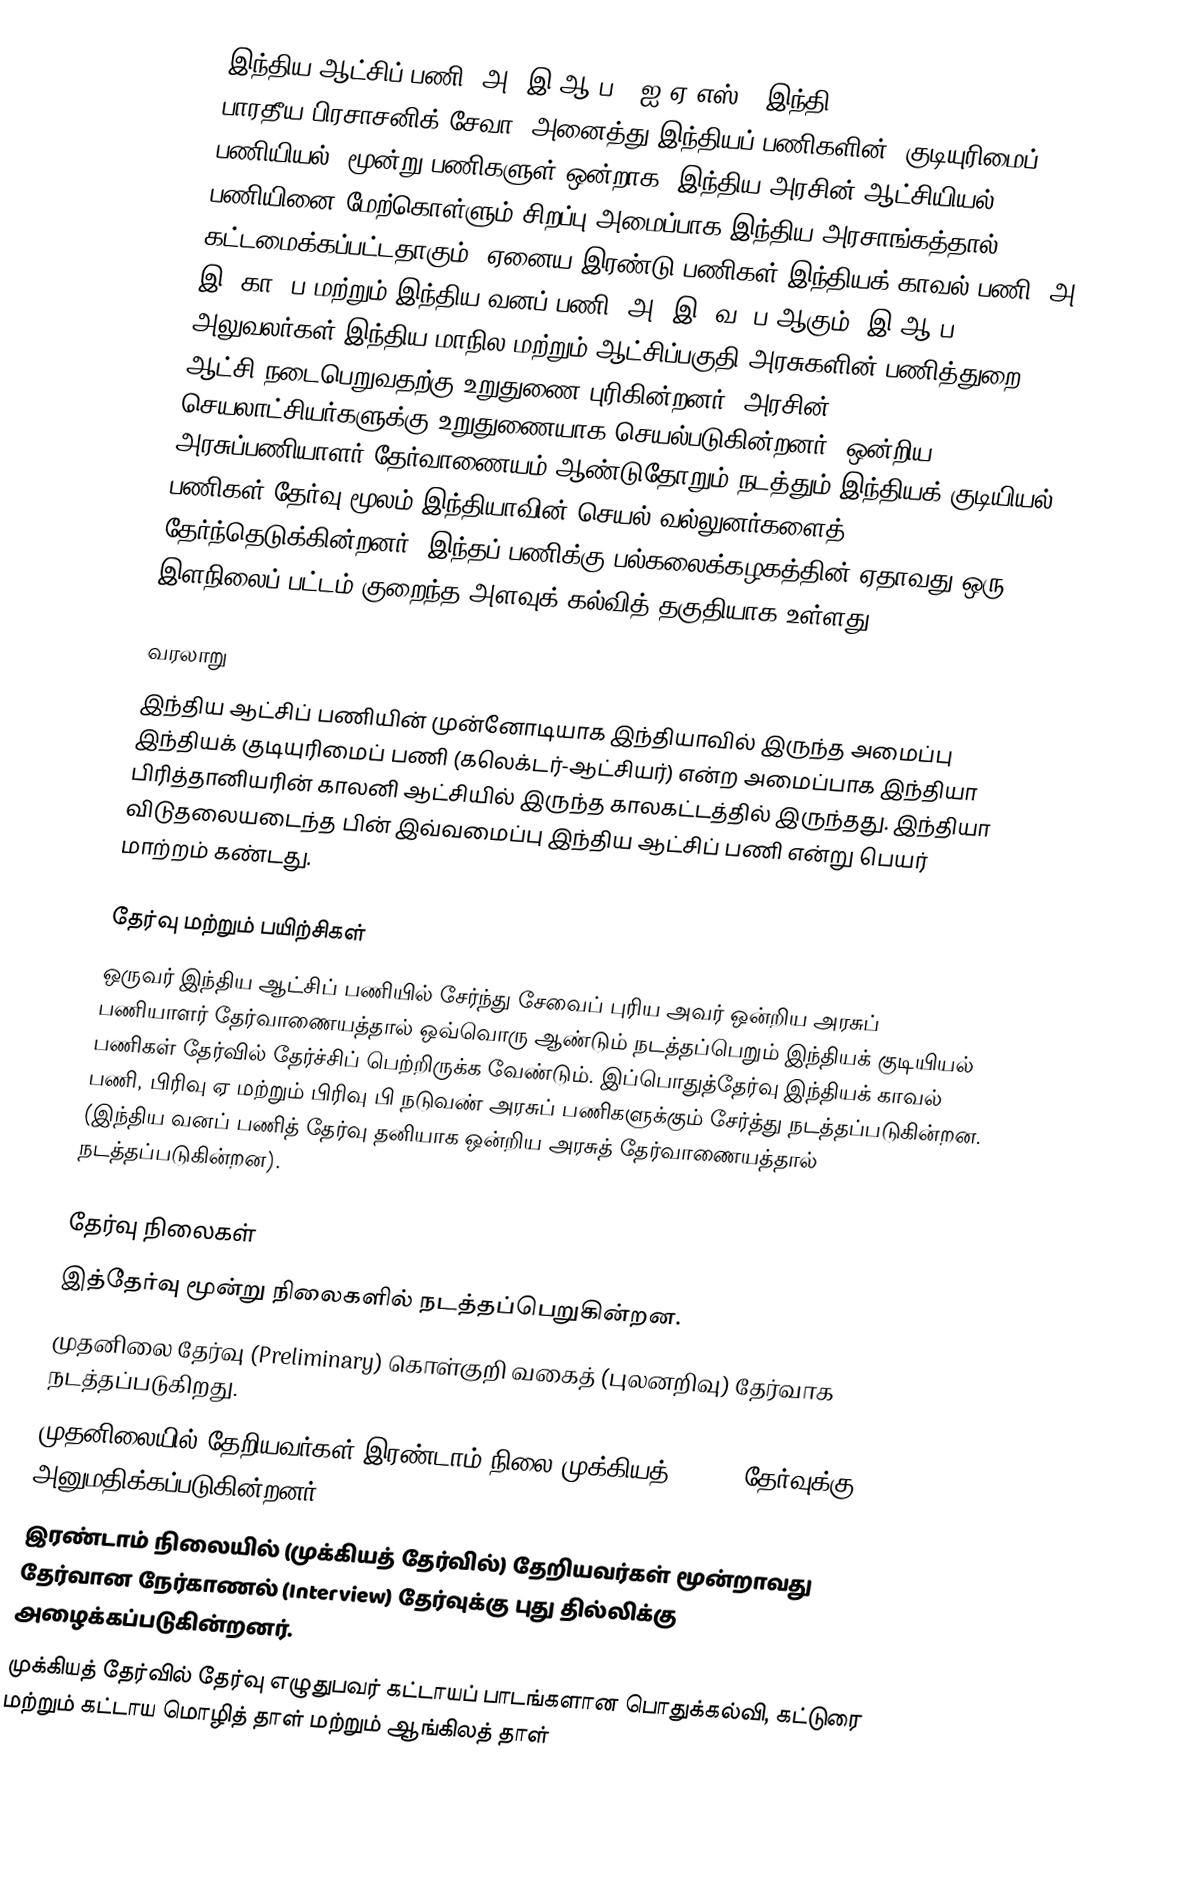
இந்திய ஆட்சிப் பணி (அ)  இ.ஆ.ப, (ஐ.ஏ.எஸ்) (இந்தி: भारतीय प्रशासनिक  सेवा, பாரதீய பிரசாசனிக் சேவா) அனைத்து இந்தியப் பணிகளின் (குடியுரிமைப் பணியியல்) மூன்று பணிகளுள் ஒன்றாக, இந்திய அரசின் ஆட்சியியல் பணியினை மேற்கொள்ளும் சிறப்பு அமைப்பாக இந்திய அரசாங்கத்தால் கட்டமைக்கப்பட்டதாகும். ஏனைய இரண்டு பணிகள் இந்தியக் காவல் பணி (அ) இ. கா. ப மற்றும் இந்திய வனப் பணி (அ) இ. வ. ப ஆகும். இ ஆ ப அலுவலர்கள் இந்திய மாநில மற்றும் ஆட்சிப்பகுதி அரசுகளின் பணித்துறை ஆட்சி நடைபெறுவதற்கு  உறுதுணை புரிகின்றனர். அரசின் செயலாட்சியர்களுக்கு உறுதுணையாக செயல்படுகின்றனர். ஒன்றிய அரசுப்பணியாளர் தேர்வாணையம் ஆண்டுதோறும் நடத்தும் இந்தியக் குடியியல் பணிகள் தேர்வு மூலம் இந்தியாவின் செயல் வல்லுனர்களைத் தேர்ந்தெடுக்கின்றனர். இந்தப் பணிக்கு பல்கலைக்கழகத்தின் ஏதாவது ஒரு இளநிலைப் பட்டம் குறைந்த அளவுக் கல்வித் தகுதியாக உள்ளது.

வரலாறு
இந்திய ஆட்சிப் பணியின் முன்னோடியாக இந்தியாவில் இருந்த அமைப்பு இந்தியக் குடியுரிமைப் பணி (கலெக்டர்-ஆட்சியர்) என்ற அமைப்பாக இந்தியா பிரித்தானியரின் காலனி ஆட்சியில் இருந்த காலகட்டத்தில் இருந்தது. இந்தியா விடுதலையடைந்த பின் இவ்வமைப்பு இந்திய ஆட்சிப் பணி என்று பெயர் மாற்றம் கண்டது.

தேர்வு மற்றும் பயிற்சிகள்
ஒருவர் இந்திய ஆட்சிப் பணியில் சேர்ந்து சேவைப் புரிய அவர் ஒன்றிய அரசுப் பணியாளர் தேர்வாணையத்தால் ஒவ்வொரு ஆண்டும் நடத்தப்பெறும் இந்தியக் குடியியல் பணிகள் தேர்வில் தேர்ச்சிப் பெற்றிருக்க வேண்டும். இப்பொதுத்தேர்வு இந்தியக் காவல் பணி, பிரிவு ஏ மற்றும் பிரிவு பி நடுவண் அரசுப் பணிகளுக்கும் சேர்த்து நடத்தப்படுகின்றன. (இந்திய வனப் பணித் தேர்வு தனியாக ஒன்றிய அரசுத் தேர்வாணையத்தால் நடத்தப்படுகின்றன).

தேர்வு நிலைகள்
 இத்தேர்வு மூன்று நிலைகளில் நடத்தப்பெறுகின்றன.
 முதனிலை தேர்வு (Preliminary) கொள்குறி வகைத் (புலனறிவு) தேர்வாக நடத்தப்படுகிறது.
 முதனிலையில் தேறியவர்கள் இரண்டாம் நிலை முக்கியத் (Main) தேர்வுக்கு அனுமதிக்கப்படுகின்றனர்.
 இரண்டாம் நிலையில் (முக்கியத் தேர்வில்) தேறியவர்கள் மூன்றாவது தேர்வான நேர்காணல் (Interview) தேர்வுக்கு புது தில்லிக்கு அழைக்கப்படுகின்றனர்.
 முக்கியத் தேர்வில் தேர்வு எழுதுபவர் கட்டாயப் பாடங்களான பொதுக்கல்வி, கட்டுரை மற்றும் கட்டாய மொழித் தாள் மற்றும் ஆங்கிலத் தாள்